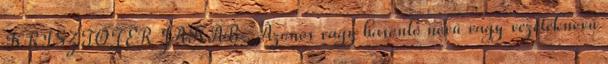
KRISZTOFER JAKAB . Azonos vagy hasonló nevű vagy vezetéknevű